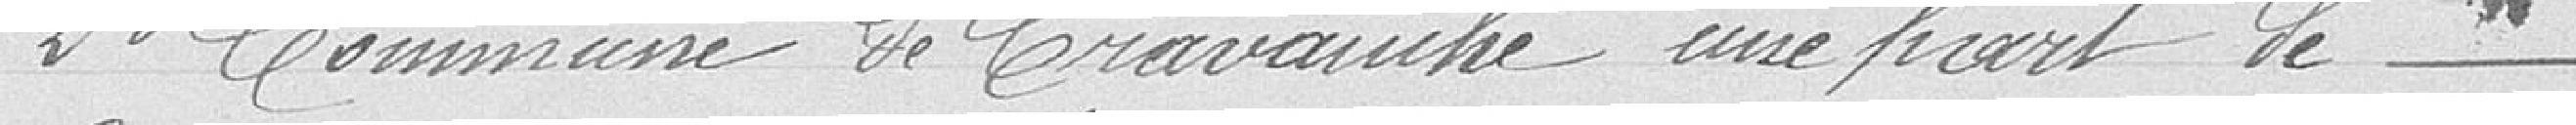
2è Commune de Cravauche une part de